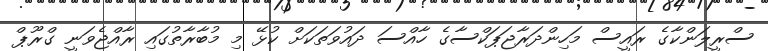
ސްރީލަންކާގެ ރައީސް މަހިންދަރާޖަޕަކްސާގެ ހާއްސަ ދައުވަތަކަށް ކުޅޭ މި މުބާރާތުގައި ރާއްޖެވަނީ ގްރޫޕް